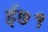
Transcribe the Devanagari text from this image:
ई७१